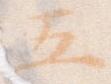
五